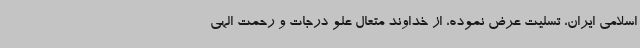
اسلامی ایران، تسلیت عرض نموده، از خداوند متعال علو درجات و رحمت الهی